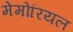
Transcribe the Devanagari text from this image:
मेमोरियल